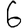
Digit: 6